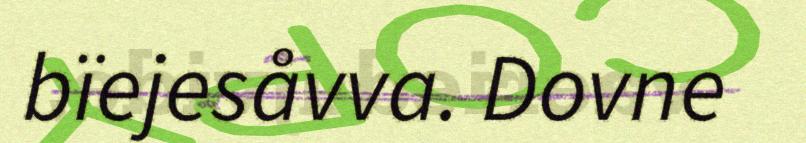
bïejesåvva. Dovne